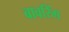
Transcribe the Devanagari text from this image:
बावरिंग